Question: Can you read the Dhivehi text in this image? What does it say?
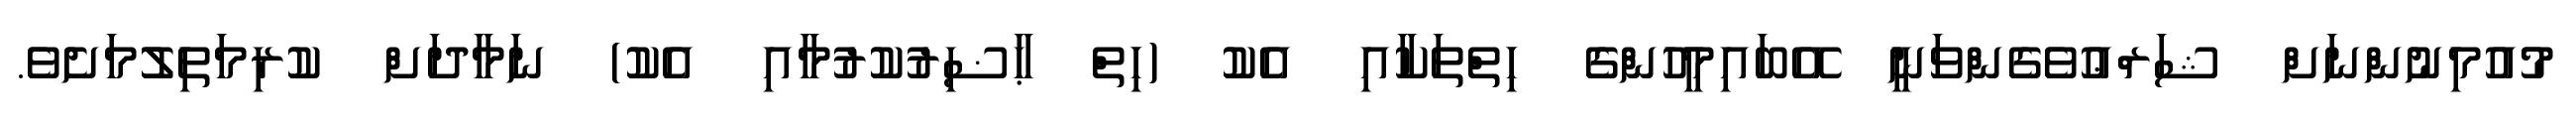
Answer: މުއުމިނުންނަށް ޝަރްޢުވެގެންވަނީ އޭބައިމީހުންގެ ހިތްތަކާއި އެކު (ހިތް ޙާޟިރުކުރުމާއި އެކު) ނަމާދަށް ކުރިމަތިލުމަށެވެ.